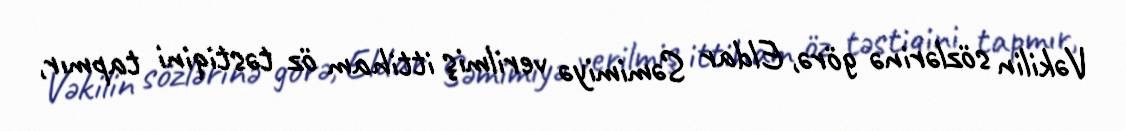
Vəkilin sözlərinə görə, Eldar Səmimiyə verilmiş ittiham öz təstiqini tapmır,